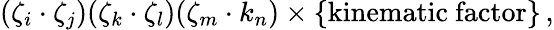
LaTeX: (\zeta_{i}\cdot\zeta_{j})(\zeta_{k}\cdot\zeta_{l})(\zeta_{m}\cdot k_{n})\times\{ \mathrm{kinematic~factor}\} \, ,